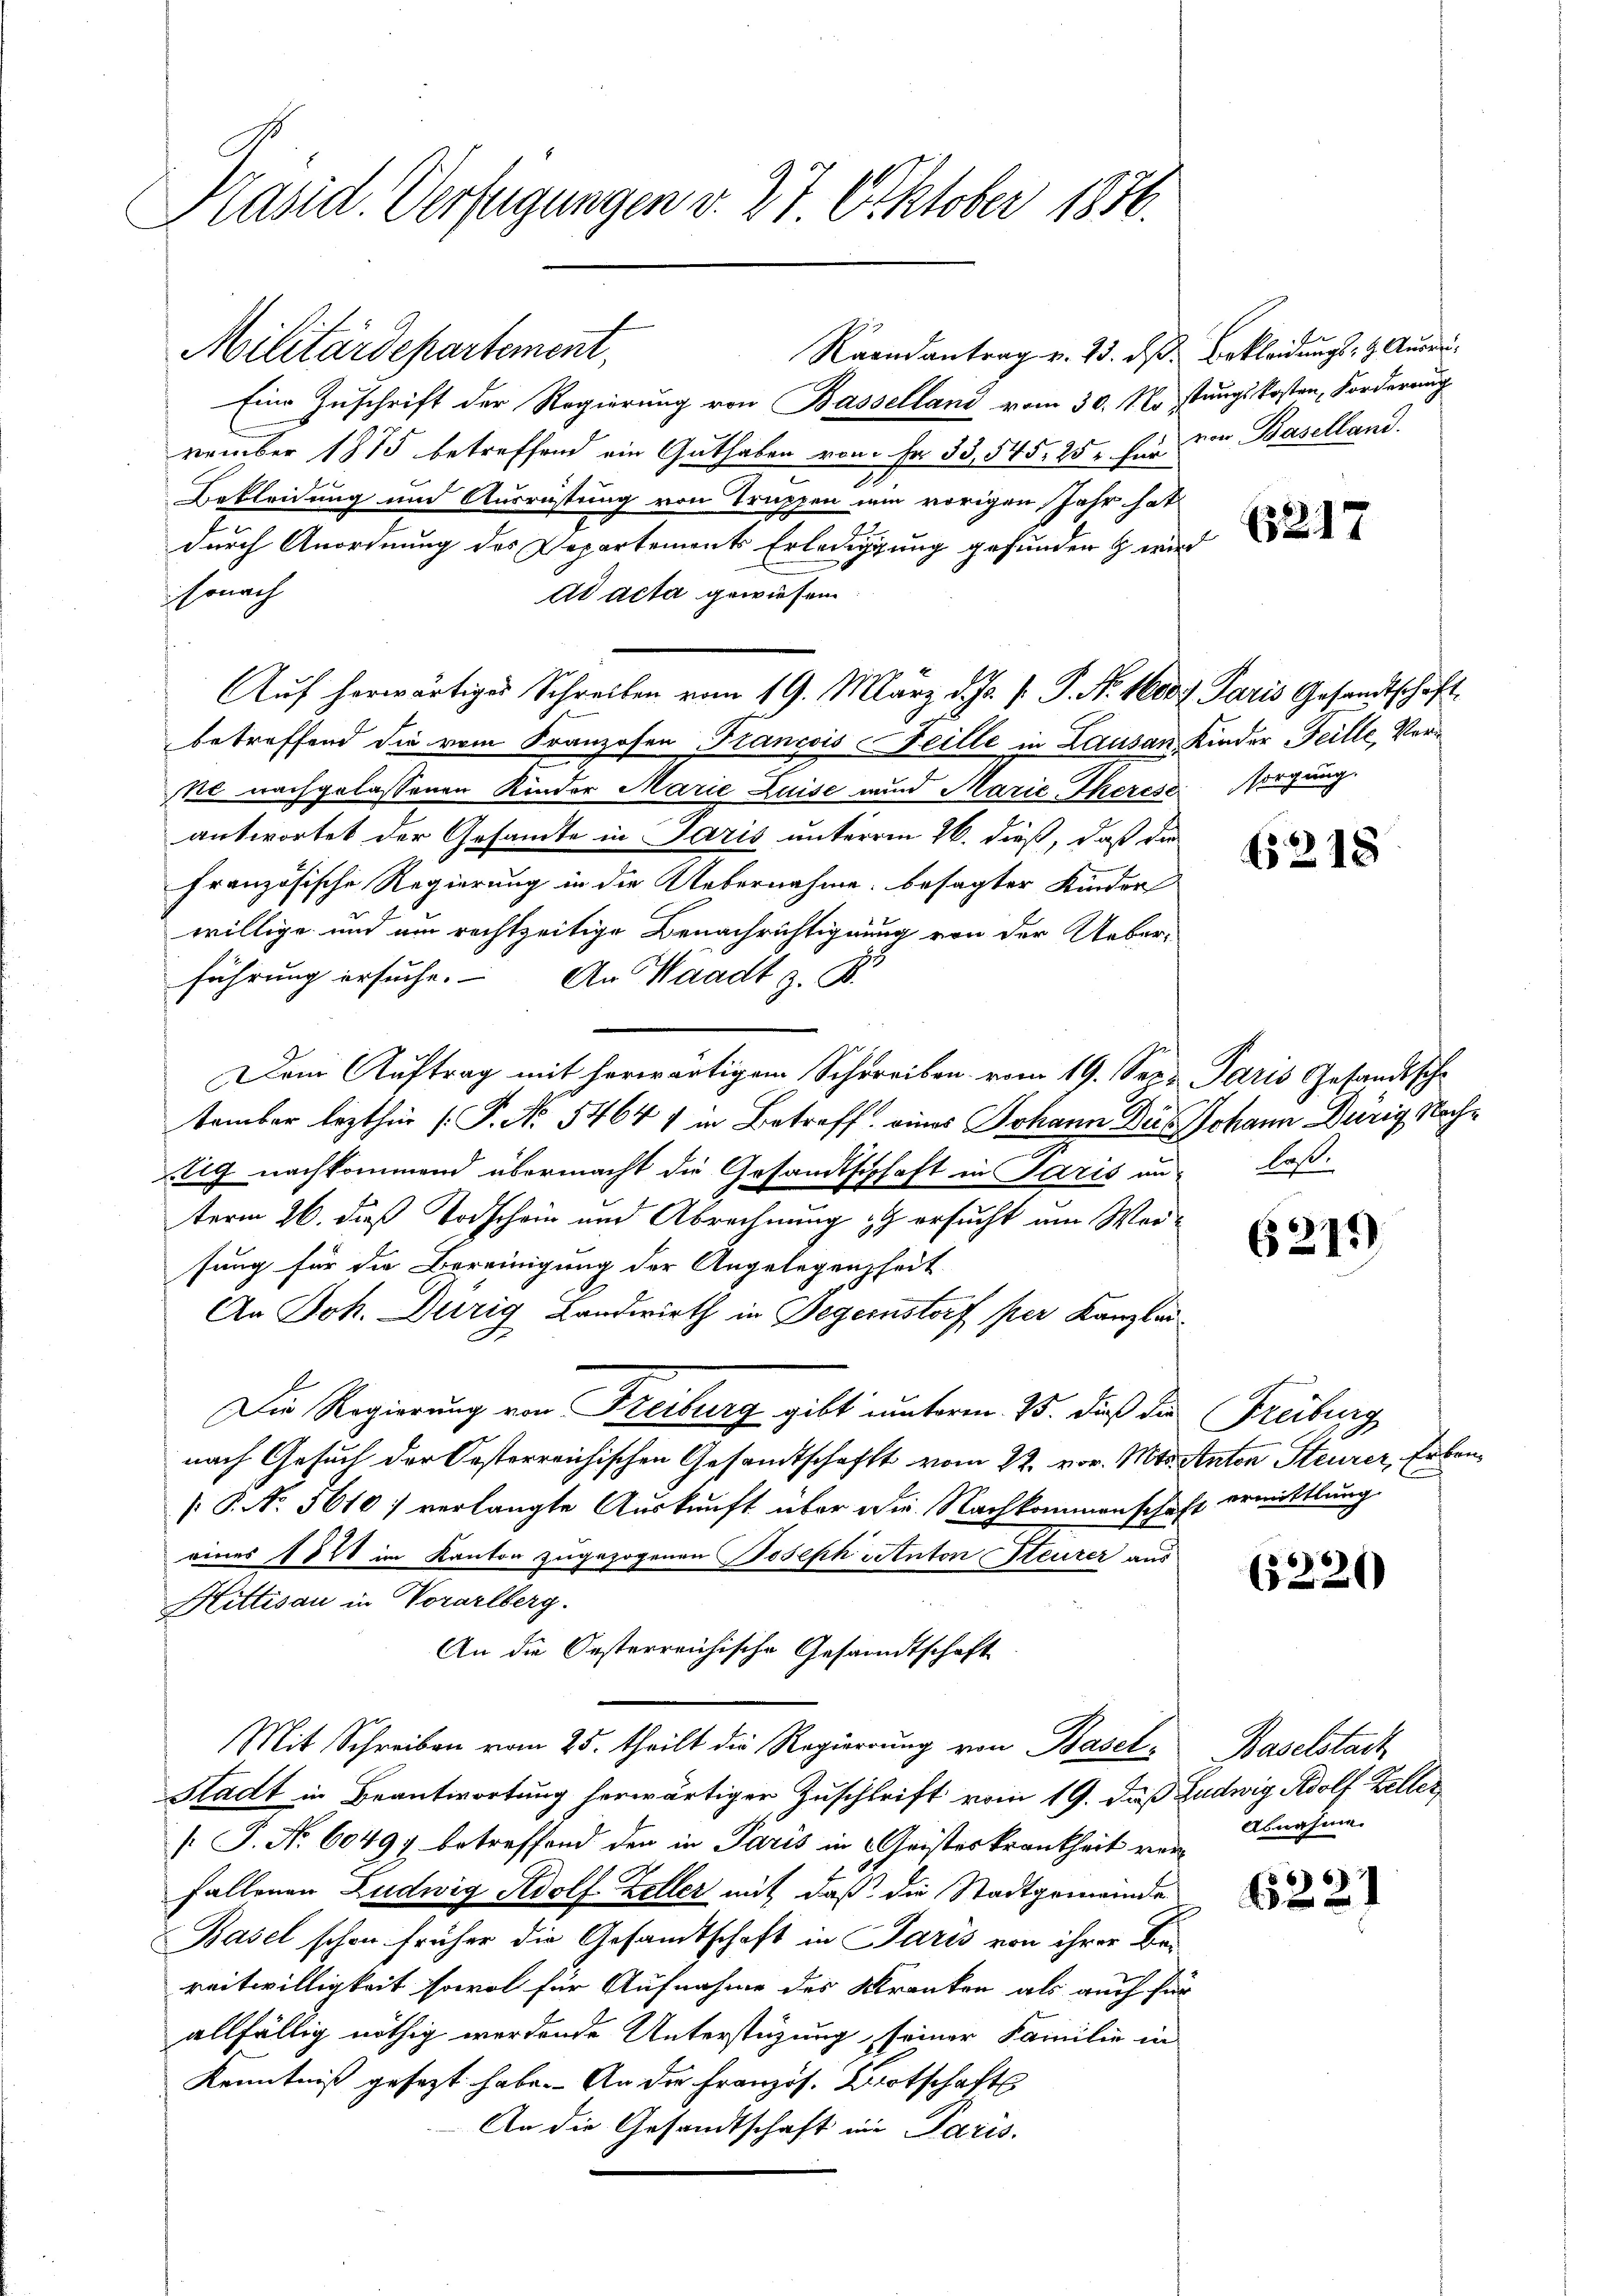
Präsid. Verfügungen v. 27 Oktober 1886.

Militärdepartement,
Raandantrag v. 23. ds.
Eine Zuschrift der Regierung von Basselland vom 30. No stungskosten, Forderung
vember 1875 betreffend ein Guthaben vom Fr. 33,545, 25 für
.
Bekleidung und Ausrüstung von Truppen nun vorigen Jahr hat
durch Anordnung des Departements Erledigung gefunden wir
sonach
ad acta gewiesen
betreffend die vom Franzosen Francois Feille in Lausan Kinder Teille, Verke nachgelassenen Kinder Marie Luise und Marie-Therese sorgung.
antwortet der Gesandte in Paris unterm 26. dieß, daß die
Französische Regierung in die Uebernahme, besagter Kinder
willige und am rechtzeitige Benachrichtigung von der Ueberführung ersuche. An Waadt z. B.
Dem Auftrag mit herwärtigem Schreiben vom 19. See. Paris Gesandtsche
tember lezthin (P. No 5464 in Betreff eines Johann Dus Johann Dürig Nachig nachkommend übermacht die Gesandtschhaft in Paris an laß
term 26. dieß Todschein und Abrechnung zu ersucht um Weisung für die Bereinigung der Angelegenheit
An Joh. Durig Landwirth in Gegenstorf per Kanzlei¬
A.
Die Regierung von Freiburg gibt unterm 25. dieß die Freiburg
nach Gesuch der Oesterreichischen Gesandtschafft vom 22. vor. Mts. Anton Steurer, Erben¬
[P. No. 5610; verlangte Auskunft über die Nachkommenschaft ermittlung.
eines 1844 im Kanton zugezogenen Joseph Petiton Heurer aus
Hittisau in Vorarlberg.
An die Oesterreichische Gesandtschaft.
Mit Schreiben vom 25. theilt die Regierung von Basel¬
Stadt in Beantwortung herwärtiger Zuschrift vom 19. Daß Ludwig Adolf Keller
[: P. Nr. 60497 betreffend den in Paris in Geisteskrankheit verfallenen Ludwig Adolf Zeller mit daß die Stadtgemeinde
Basel schon früher die Gesandtschaft in Paris von ihrer Bereitwilligkeit sowol für Aufnahme des Kranken als auch für
allfällig nöthig werdende Unterstüzung, seiner Familie in
Kenntniß gesezt habe. An die Französ. Wirtschafts
An die Gesandtschaft in Paris.

Auf herwärtiges Schreiben vom 19. März d. Js. v. P. Nr. 1600 f Paris Gesandtschäft

Bekleidungs- & Auszuvon Baselland.

6217

6218

6211)

65220

Baselstadt
Abnahme.

866.
2x